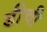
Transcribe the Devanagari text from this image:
डीची